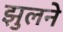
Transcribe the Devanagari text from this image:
झुलने